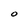
Character: o